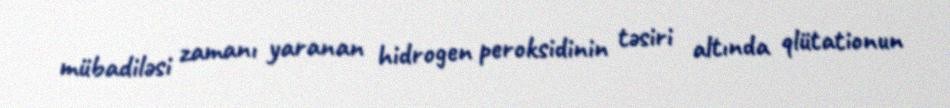
mübadiləsi zamanı yaranan hidrogen peroksidinin təsiri altında qlütationun